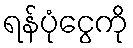
ရန်ပုံငွေကို